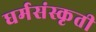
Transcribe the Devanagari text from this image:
धर्मसंस्कृती